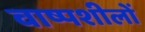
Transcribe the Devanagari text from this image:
वाष्पशीलों